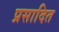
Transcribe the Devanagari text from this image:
प्रसादित